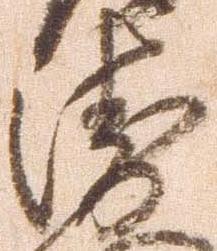
衛